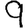
Digit: 9